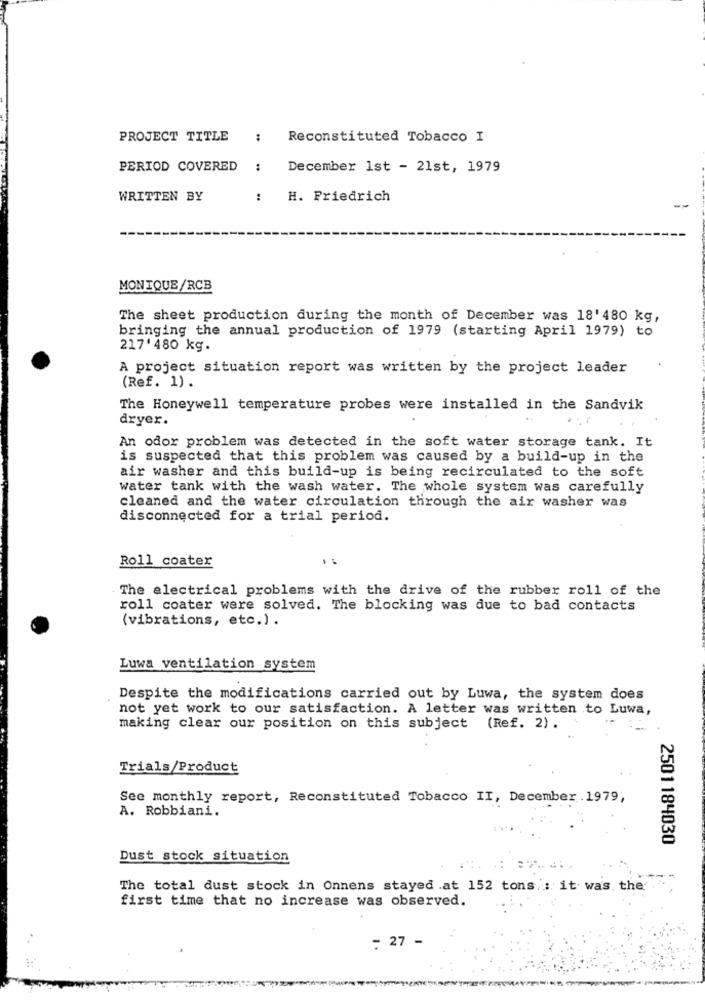
PROJECT TITLE
:
Reconstituted Tobacco I
PERIOD COVERED
:
December 1st - 21st, 1979
WRITTEN BY
:
H. Friedrich
MONIQUE/RCB
The sheet production during the month of December was 18' 480 kg,
bringing the annual production of 1979 (starting April 1979) to
217' 480 kg.
A project situation report was written by the project leader
(Ref. 1).
The Honeywell temperature probes were installed in the Sandvik
dryer.
An odor problem was detected in the soft water storage tank. It
is suspected that this problem was caused by a build-up in the
air washer and this build-up is being recirculated to the soft
water tank with the wash water. The whole system was carefully
cleaned and the water circulation through the air washer was
disconnected for a trial period.
Roll coater
The electrical problems with the drive of the rubber roll of the
roll coater were solved. The blocking was due to bad contacts
(vibrations, etc.) .
Luwa ventilation system
Despite the modifications carried out by Luwa, the system does
not yet work to our satisfaction. A letter was written to Luwa,
making clear our position on this subject (Ref. 2).
Trials/Product
See monthly report, Reconstituted Tobacco II, December . 1979,
A. Robbiani.
2501184030
Dust stock situation
The total dust stock in Onnens stayed .at 152 tons : it was the
first time that no increase was observed.
: 27 -